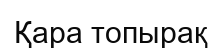
Қара топырақ